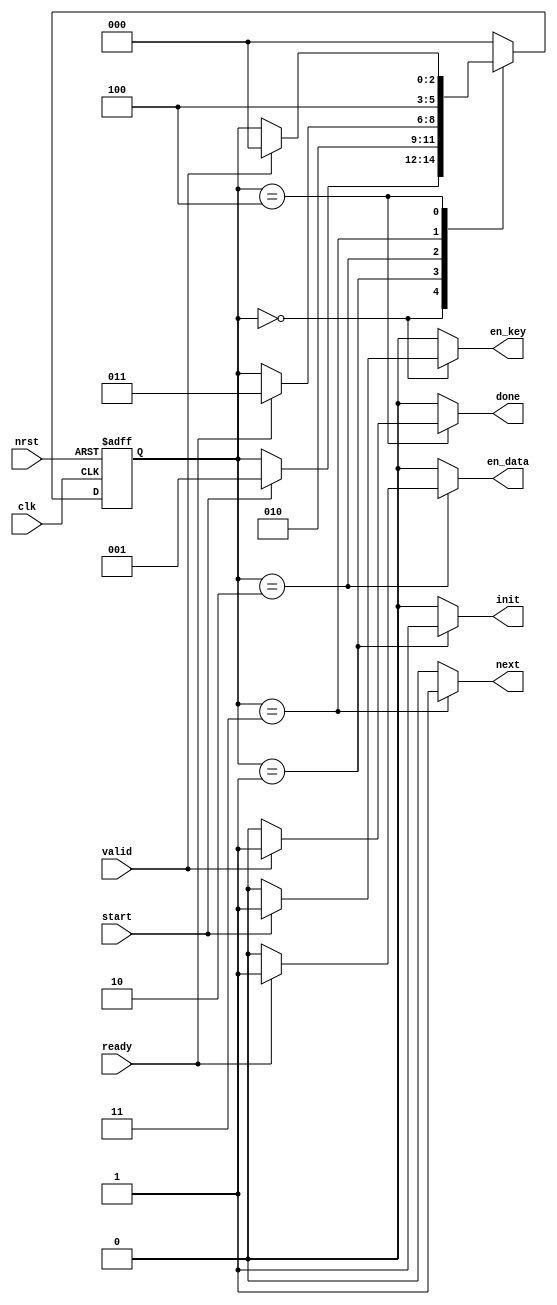
module ctrl (
  input wire clk, nrst, ready, valid, start,
  output reg init, next, en_data, done, en_key
);

  localparam [2:0] wait_start  = 3'b000,
                   ld_key      = 3'b001,
                   wait_key    = 3'b010,
                   ld_text     = 3'b011,
                   wait_cipher = 3'b100;

  reg [2:0] current_state, next_state;
  
  always @(posedge clk, negedge nrst)
    if (!nrst)
      current_state <= wait_start;
    else
      current_state <= next_state;
  
  
  always @(*)
    begin
    next_state = current_state;
    init    = 0;
    next    = 0;
    en_data = 0;
    en_key  = 0;
    done    = 0;
    case (current_state)
      wait_start:
        begin
          init      = 0;
          next      = 0;
          en_data   = 0;
          if (start)
            begin
              en_key = 1;
              next_state = ld_key;
            end
        end
      ld_key:
        begin
          init   = 1;
          next   = 0;
          en_key = 0 ;
          next_state = wait_key;
        end
      wait_key:
        begin
          init      = 0;
          next      = 0;
          en_data   = 0;
          if (ready == 1)
            begin
              next_state = ld_text;
              en_data = 1;
            end
        end
      ld_text:
        begin
          init    = 0;
          next    = 1;
          next_state = wait_cipher;
        end
      wait_cipher:
        begin
          init    = 0;
          next    = 0;
          en_data = 0;
          if (valid == 1)
            begin
              done = 1;
              next_state = wait_start;
            end
        end 
      default: next_state = wait_start;
    endcase
end
endmodule